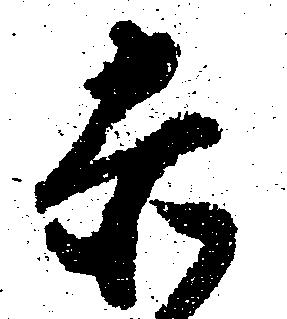
赤